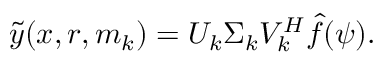
\tilde { y } ( x , r , m _ { k } ) = U _ { k } \Sigma _ { k } V _ { k } ^ { H } \hat { f } ( \psi ) .